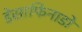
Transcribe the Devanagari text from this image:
डेसाफिनाडो